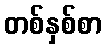
တစ်နှစ်စာ